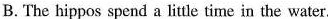
B.The hippos spend a litle time in the water.